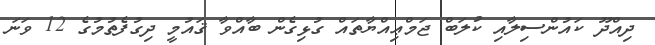
ދިއްދޫ ކައުންސިލާއި ކުލަބް ޖަމްޢިއްޔާތައް ގުޅިގެން ބާއްވާ ޤައުމީ ދިގުފެތުމުގެ 12 ވަނަ